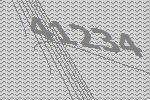
41234